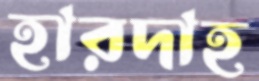
হারদাহ